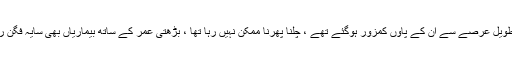
ایک طویل عرصے سے ان کے پاؤں کمزور ہوگئے تھے ، چلنا پھرنا ممکن نہیں رہا تھا ، بڑھتی عمر کے ساتھ بیماریاں بھی سایہ فگن رہتیں ۔